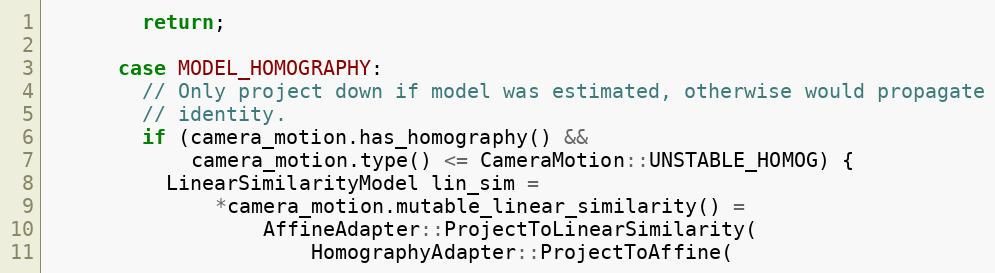
Language: C++
        return;

      case MODEL_HOMOGRAPHY:
        // Only project down if model was estimated, otherwise would propagate
        // identity.
        if (camera_motion.has_homography() &&
            camera_motion.type() <= CameraMotion::UNSTABLE_HOMOG) {
          LinearSimilarityModel lin_sim =
              *camera_motion.mutable_linear_similarity() =
                  AffineAdapter::ProjectToLinearSimilarity(
                      HomographyAdapter::ProjectToAffine(